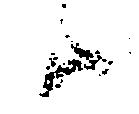
候